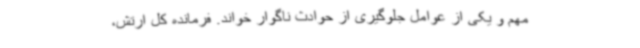
مهم و یکی از عوامل جلوگیری از حوادث ناگوار خواند. فرمانده کل ارتش،